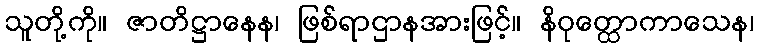
သူတို့ကို။ ဇာတိဋ္ဌာနေန၊ ဖြစ်ရာဌာနအားဖြင့်။ နိဝုတ္ထောကာသေန၊